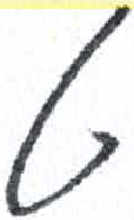
אות: ט